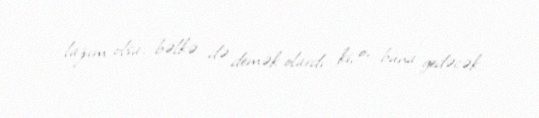
lazım olsa, bəlkə də demək olardı ki, o, buna gedəcək.